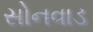
સોનવાડ